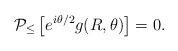
LaTeX: \begin{align*}{\cal P}_{\leq} \left[ e^{i \theta /2}g(R,\theta) \right] =0.\end{align*}